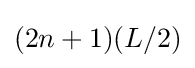
{\textstyle (2n+1)(L/2)}